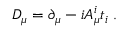
D _ { \mu } = \partial _ { \mu } - i A _ { \mu } ^ { i } t _ { i } \; .